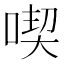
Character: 喫